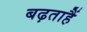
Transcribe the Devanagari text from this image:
बढ़ताहैं